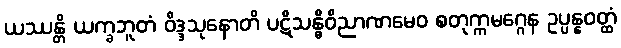
ယဿန္တိ ယက္ခဘူတံ ဝိဒ္ဒသုနောတိ ပဋိသန္ဓိဝိညာဏမေဝ စတုက္ကမဂ္ဂေန ဥပ္ပန္နဝတ္ထံ